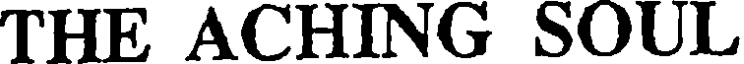
THE ACHING SOUL